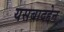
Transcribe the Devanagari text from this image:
यसबादद्देन